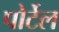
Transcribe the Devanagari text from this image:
पोर्टेल